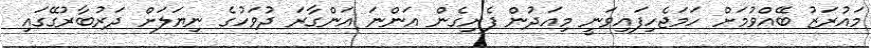
މައުރަޒު ބޭއްވުމަށް ހަމަޖެހިފައިވަނީ މިއަދުން ފެށިގެން އަންނަ އަންގާރަ ދުވަހުގެ ނިޔަލަށް ދަރުބާރުގޭގައި